Vaccine operations Central Provinces 1900-1911 - 1900-1911
Year: 1900
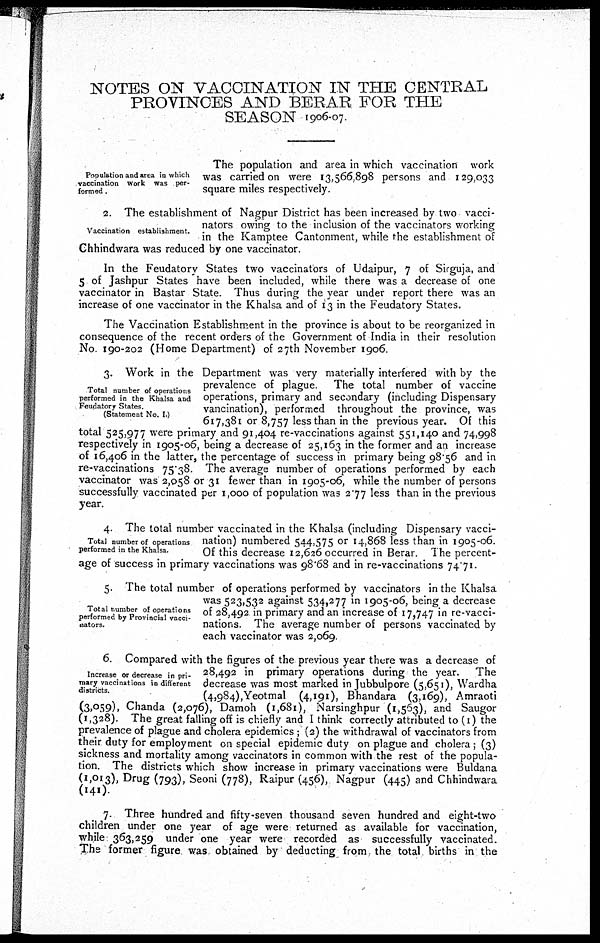
NOTES ON VACCINATION IN THE CENTRAL
PROVINCES AND BERAR FOR THE
SEASON 1906-07.
Population and area in which
vaccination work was per-
formed .
The population and area in which vaccination work
was carried on were 13,566,898 persons and 129,033
square miles respectively.
Vaccination establishment.
2. The establishment of Nagpur District has been increased by two vacci-
nators owing to the inclusion of the vaccinators working
in the Kamptee Cantonment, while the establishment of
Chhindwara was reduced by one vaccinator.
In the Feudatory States two vaccinators of Udaipur, 7 of Sirguja, and
5 of Jashpur States have been included, while there was a decrease of one
vaccinator in Bastar State. Thus during the year under report there was an
increase of one vaccinator in the Khalsa and of 13 in the Feudatory States.
The Vaccination Establishment in the province is about to be reorganized in
consequence of the recent orders of the Government of India in their resolution
No. 190-202 (Home Department) of 27th November 1906
Total number of operations
performed in the Khalsa and
Feudatory States.
(Statement No. I.)
3. Work in the Department was very materially interfered with by the
prevalence of plague
The total number of vaccine
operations, primary and secondary (including Dispensary
vancination), performed throughout the province, was
617,381 or 8,757 less than in the previous year. Of this
total 525,977 were primary and 91,404 re-vaccinations against 551,140 and 74,998
respectively in 1905-06, being a decrease of 25,163 in the former and an increase
of 16,406 in the latter, the percentage of success in primary being 98.56 and in
re-vaccinations 75.38. The average number of operations performed by each
vaccinator was 2,058 or 31 fewer than in 1905-06, while the number of persons
successfully vaccinated per 1,000 of population was 2.77 less than in the previous
year.
Total number of operations
performed in the Khalsa.
4. The total number vaccinated in the Khalsa (including Dispensary vacci-
nation) numbered 544,575 or 14,868 less than in 1905-06.
Of this decrease 12,626 occurred in Berar. The percent-
age of success in primary vaccinations was 98.68 and in re-vaccinations 74.71.
Total number of operations
performed by Provincial vacci-
nators.
5. The total number of operations performed by vaccinators in the Khalsa
was 523,532 against 534,277 in 1905-06, being a decrease
of 28,492 in primary and an increase of 17,747 in re-vacci-
nations. The average number of persons vaccinated by
each vaccinator was 2,069.
Increase or decrease in pri-
mary vaccinations in different
districts.
6. Compared with the figures of the previous year there was a decrease of
28,492 in primary operations during the year. The
decrease was most marked in Jubbulpore (5,651), Wardha
(4,984),Yeotmal (4,191), Bhandara (3,169), Amraoti
(3,059), Chanda (2,076), Damoh (1,681), Narsinghpur (1,563), and Saugor
(1,328). The great falling off is chiefly and I think correctly attributed to (1) the
prevalence of plague and cholera epidemics ; (2) the withdrawal of vaccinators from
their duty for employment on special epidemic duty on plague and cholera ; (3)
sickness and mortality among vaccinators in common with the rest of the popula-
tion. The districts which show increase in primary vaccinations were Buldana
(1,013), Drug (793), Seoni (778), Raipur (456), Nagpur (445) and Chhindwara
(141).
7. Three hundred and fifty-seven thousand seven hundred and eight-two
children under one year of age were returned as available for vaccination,
while 363,259 under one year were recorded as successfully vaccinated.
The former figure was obtained by deducting from the total births in the